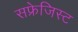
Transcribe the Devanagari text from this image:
सफ्रेजिस्ट